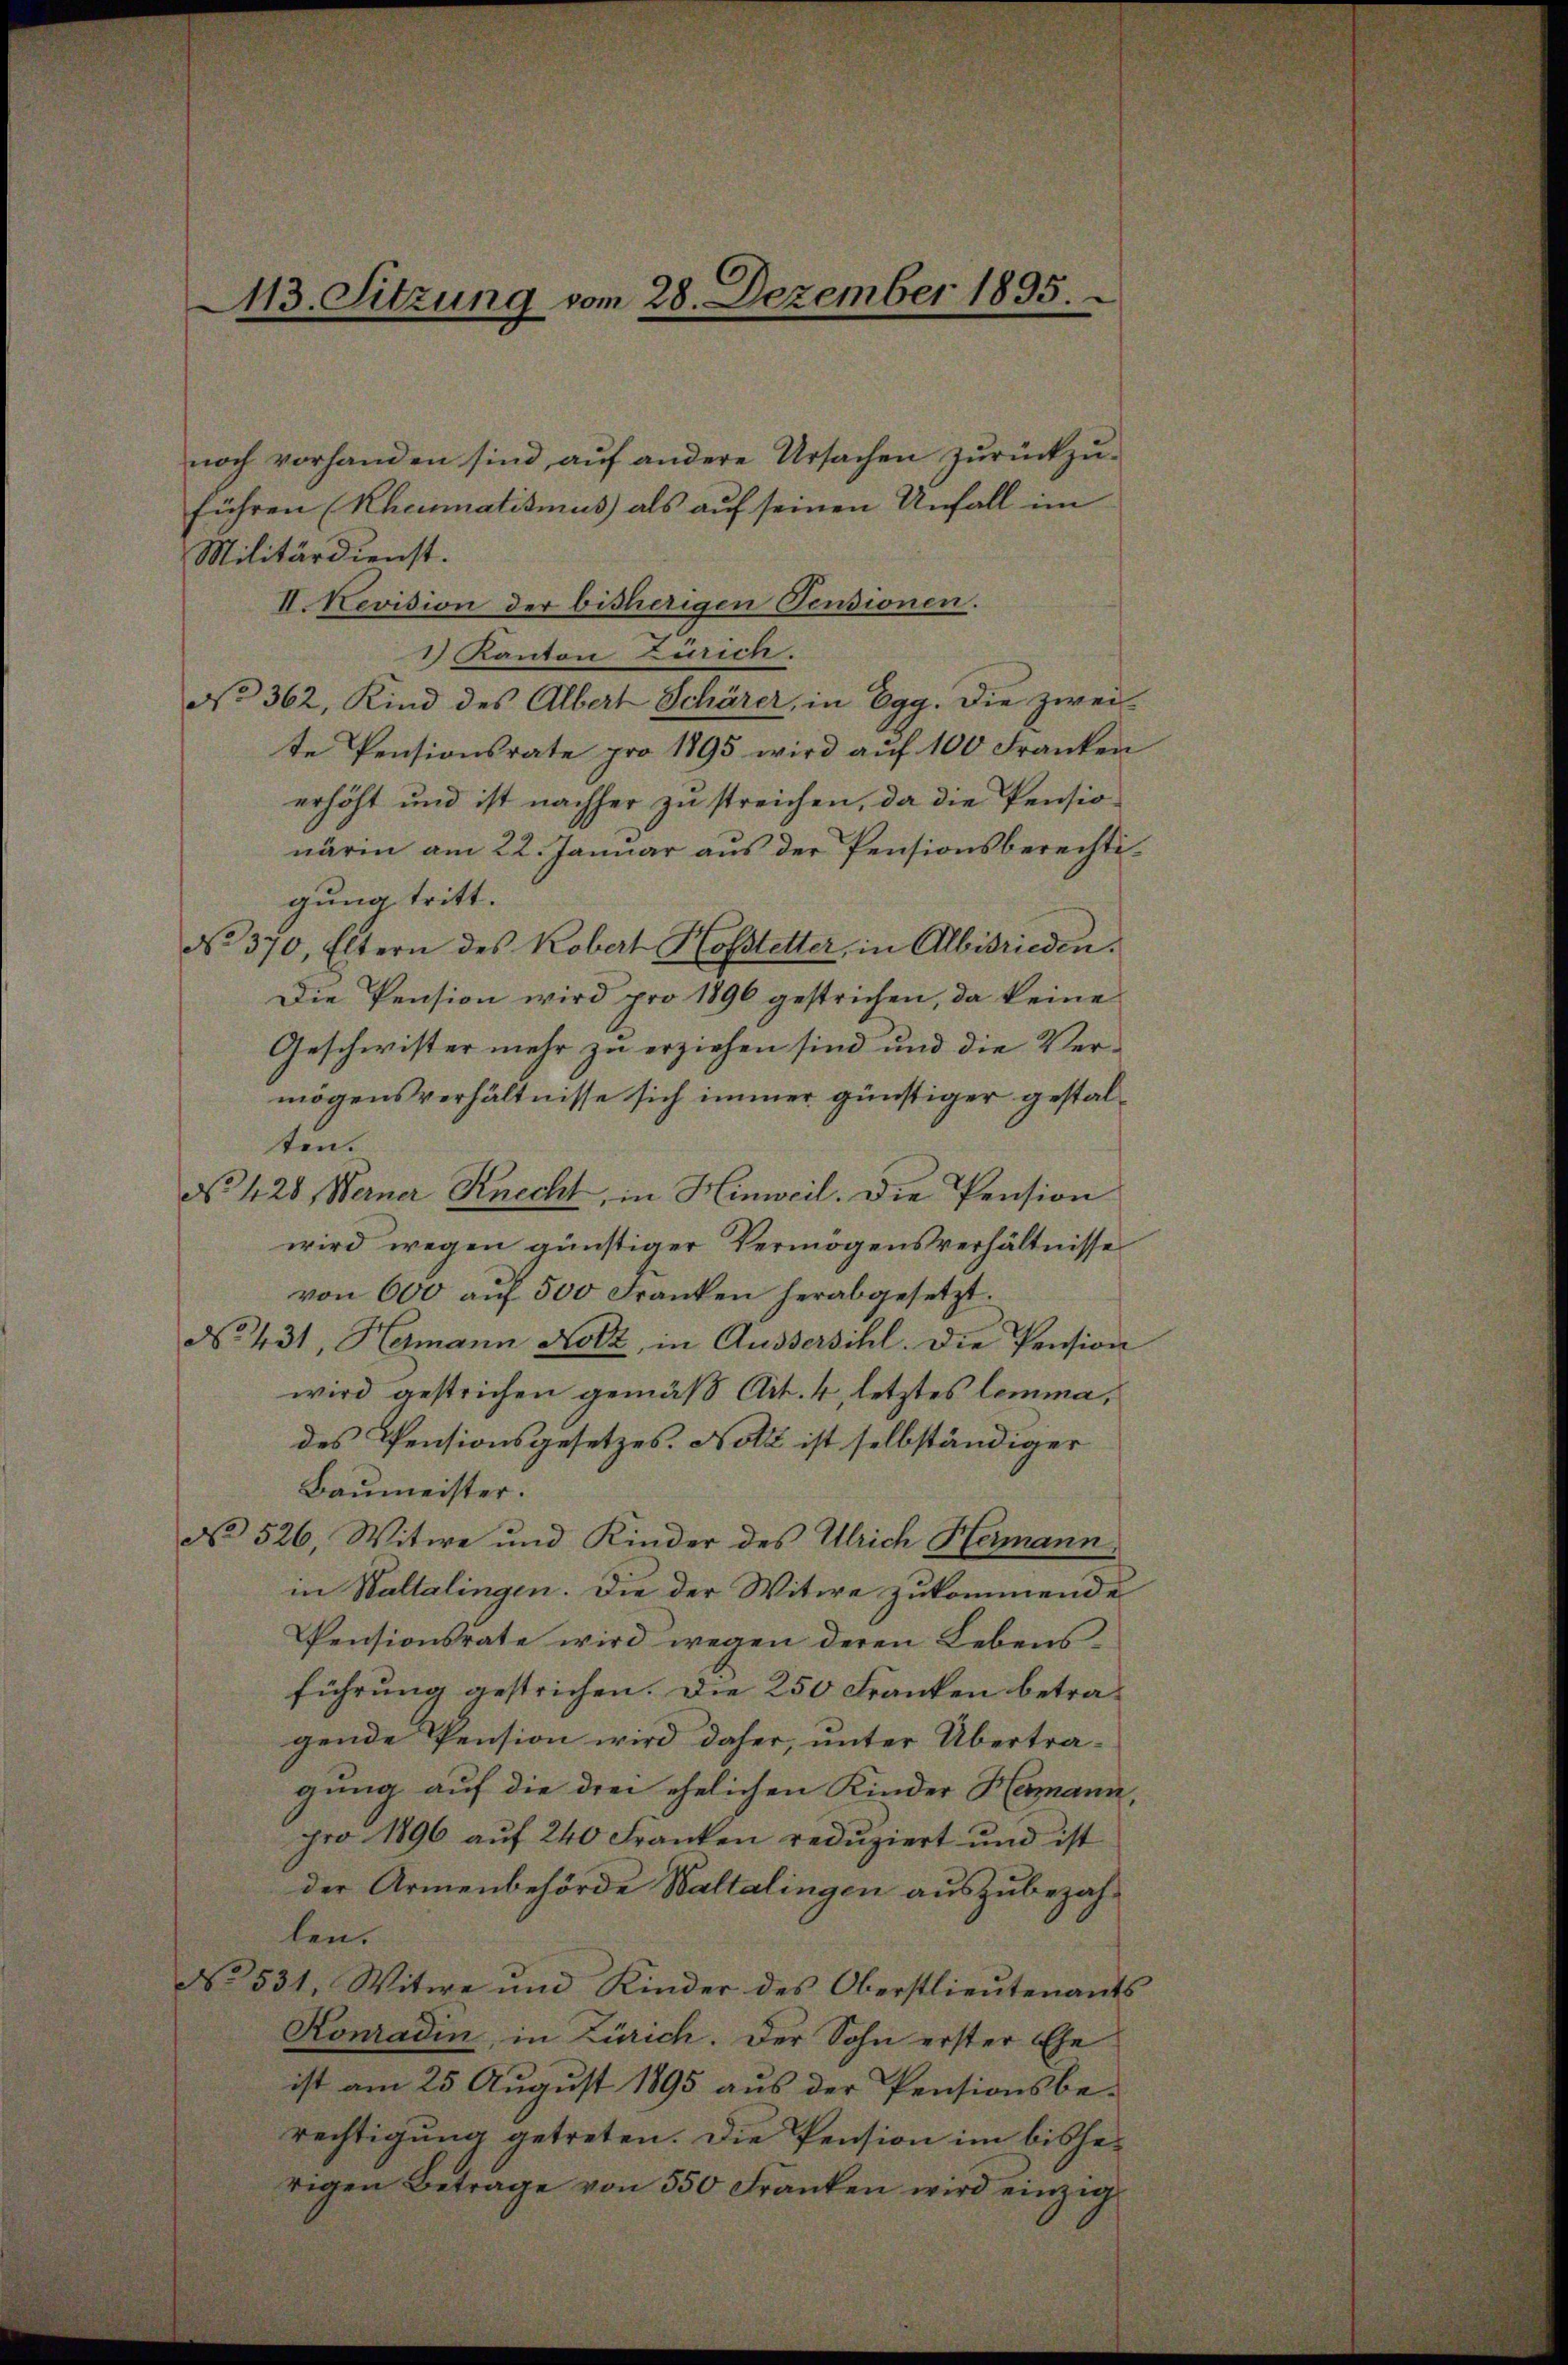
113. Sitzung vom 28. Dezember 1895.

noch vorhanden sind aŭf andere Ursachen zŭrückzŭ-
führen (Rheumatismus als auf seinen Unfall im
Militärdienst.
II. Revision der bisherigen Vendionen.
1) Kanton Zürich.
No 362, Kind des Albert Schärer, in Egg. Die zweite Pensionsrate pro 1895 wird aŭf 100 Franken
erhöht und ist nachher zu streichen, da die Pensio
närin am 22. Januar aus der Pensionsberechtigung tritt.
No. 370, Eltern des Kobert Hofstetter, in Albisrieden.
Die Pension wird pro 1896 gestrichen, da keine
Geschwister mehr zu erziehen sind und die Vermögensverhältnisse sich immer günstiger gestalten.
No 428. Werner Knecht, in Hinweil. Die Pension
wird wegen günstiger Vermögensverhältnisse
von 600 aŭf 500 Franken herabgesetzt.
No 431, Hermann Holz, in Aussersihl. Die Pension
wird gestrichen gemäß Art. 4, letztes lemma,
des Pensionsgesetzes. Notz ist selbständiger
Baumeister.
No 526, Witwe und Kinder des Ulrich Hermann
in Waltalingen. Die der Witwe zukommende
Pensionsrate wird wegen deren Lebensführung gestrichen. Die 250 Franken betra-
gende Pension wird daher, unter Übertra-
gung auf die drei ehelichen Kinder Hermann,
pro 1896 aŭf 240 Franken redŭziert und ist
der Armenbehörde Waltalingen auszubezahlen.
No 531. Witwe und Kinder des Oberstlieutenants
Konradin, in Zürich. Der Sohn erster Ehe
ist am 25. August 1895 aus der Pensionsbe-
rechtigung getreten. Die Pension im bisherigen Betrage von 550 Franken wird einzig